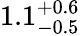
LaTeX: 1.1_{-0.5}^{+0.6}